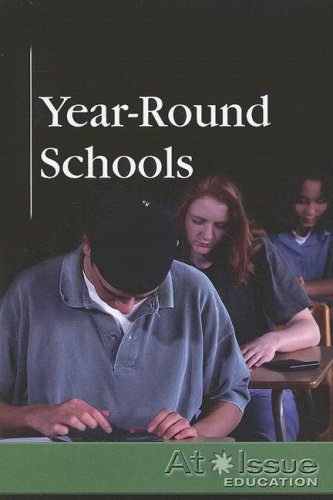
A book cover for Year-Round Schools (At Issue); Adriane Ruggiero; Teen & Young Adult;